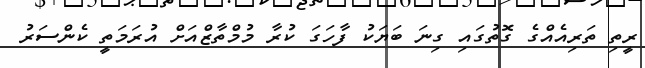
ރީތި ތަރިއެއްގެ ގޮތުގައި ގިނަ ބަޔަކު ފާހަގަ ކުރާ މުމްތާޒްއަށް އުރަމަތީ ކެންސަރު